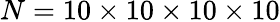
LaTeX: N=10\times 10\times 10\times 10